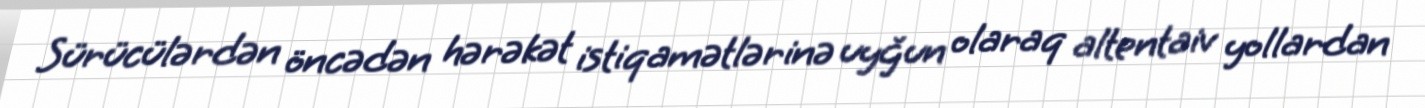
Sürücülərdən öncədən hərəkət istiqamətlərinə uyğun olaraq altentaiv yollardan